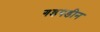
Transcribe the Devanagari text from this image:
गडबडीन